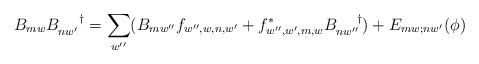
LaTeX: \begin{align*}B_{mw}B_{nw^{\prime}}^{\;\;\;\;\;\;\dagger} = \sum_{w^{\prime\prime}} (B_{mw^{\prime\prime}}f_{w^{\prime\prime},w,n,w^{\prime}} + f^{*}_{w^{\prime\prime},w^{\prime},m,w}B_{nw^{\prime\prime}}^{\;\;\;\;\;\;\dagger}) + E_{mw;nw^{\prime}}(\phi)\end{align*}